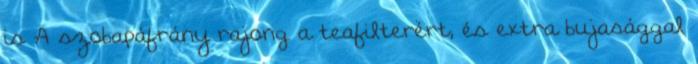
is A szobapáfrány rajong a teafilterért, és extra bujasággal